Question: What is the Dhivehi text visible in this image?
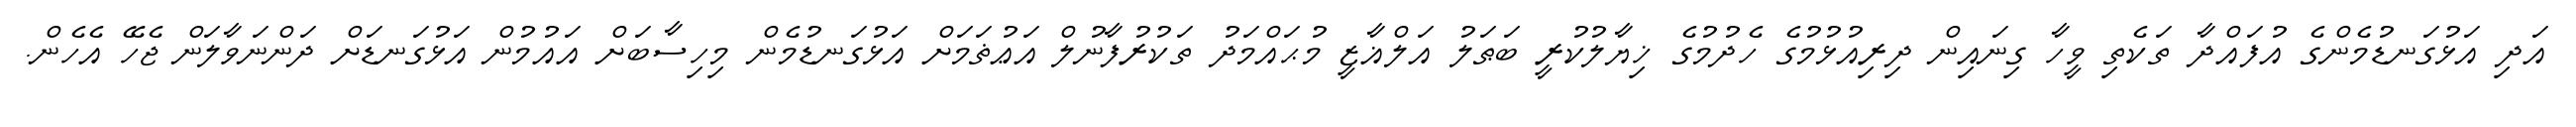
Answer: އަދި އަޅުގަނޑުމެންގެ އުފައްދާ ތަކެތި ވީހާ ގިނައިން ދިރިއުޅުމުގެ ހެދުމުގެ ޚިޔާލުކުރީ ބަޠަލު އަލްޣާޒީ މުޙައްމަދު ތަކުރުފާނުލް އަޢުޡަމަށް އަޅުގަނޑުމެން މިހިސާބަށް އައުމުން އަޅުގަނޑަށް ދަންނަވާލަން ޖެހޭ އެހެން.